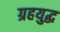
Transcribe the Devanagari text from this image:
ग्रहयुद्ध